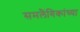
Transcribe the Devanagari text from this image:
समलैंगिकांच्या